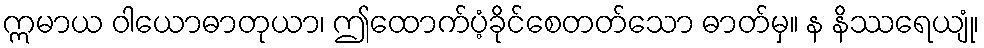
ဣမာယ ဝါယောဓာတုယာ၊ ဤထောက်ပံ့ခိုင်စေတတ်သော ဓာတ်မှ။ န နိဿရေယျုံ၊